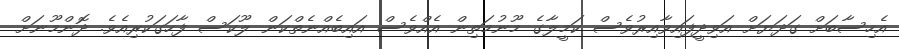
އެހިސާބަށް ގަދަޔަށް އަވިދީފައިވާއިރުވެސް ކަމީލާގެ މޫނުމަތިން އެއްވެސް އައިބެއްނެތްކަން ލޫކަސް ފާހަގަކުރިއެވެ. ދޮންމޫނަށް